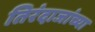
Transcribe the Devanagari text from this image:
तिरंदाजांच्या